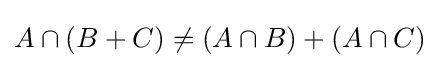
A\cap (B+C)\neq (A\cap B)+(A\cap C)